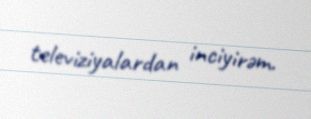
televiziyalardan inciyirəm.